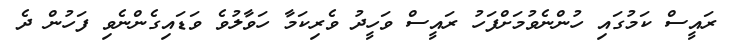
ރައީސް ކަމުގައި ހުންނެވުމަށްފަހު ރައީސް ވަހީދު ވެރިކަމާ ހަވާލުވެ ވަޑައިގެންނެވި ފަހުން ދެ